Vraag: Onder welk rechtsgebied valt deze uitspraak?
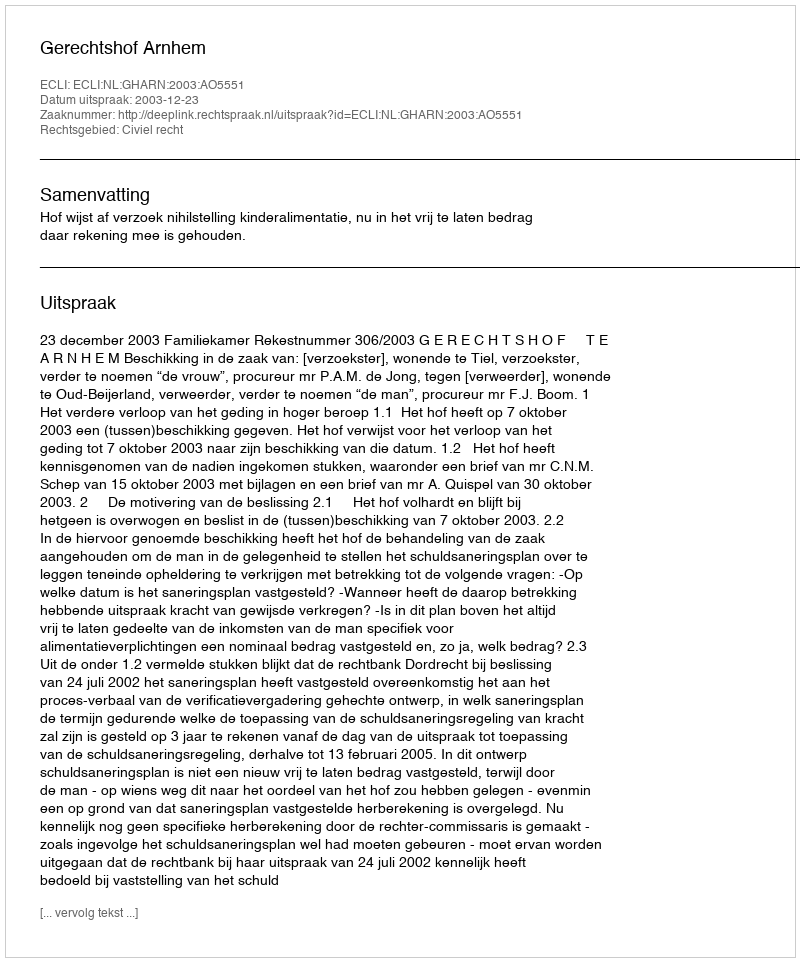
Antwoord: Civiel recht